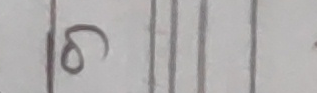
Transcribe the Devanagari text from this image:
८